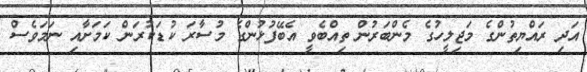
އަދި ރައްޔިތުންގެ މަޖިލީހުގެ މެންބަރުން ތިއްބެވީ އެބޭފުޅުންގެ މުސާރަ ކުޑަކުރަން ކަމަށާއި ނަމަވެސް